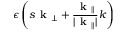
\epsilon \left( s \textbf { k } _ { \perp } + \frac { \textbf { k } _ { \parallel } } { | \textbf { k } _ { \parallel } | } k \right)